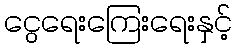
ငွေရေးကြေးရေးနှင့်